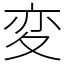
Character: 変